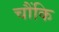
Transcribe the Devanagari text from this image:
चौंकि